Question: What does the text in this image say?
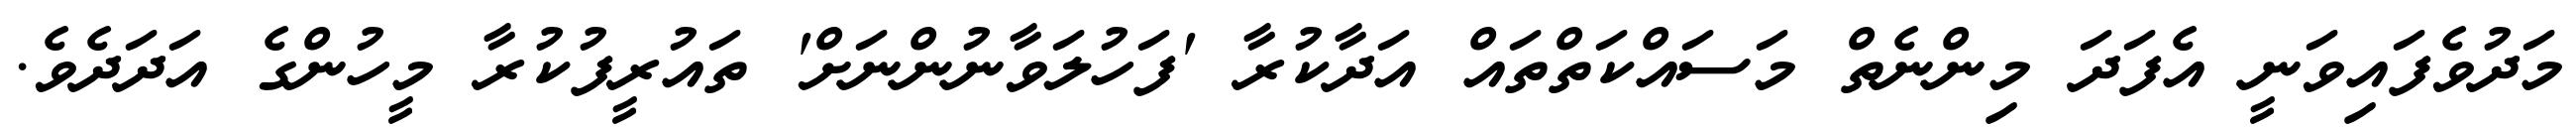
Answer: މަދުވެފައިވަނީ އެފަދަ މިންނެތް މަސައްކަތްތައް އަދާކުރާ 'ފަހުލަވާނުންނަށް' ތައުރީފުކުރާ މީހުންގެ އަދަދެވެ.